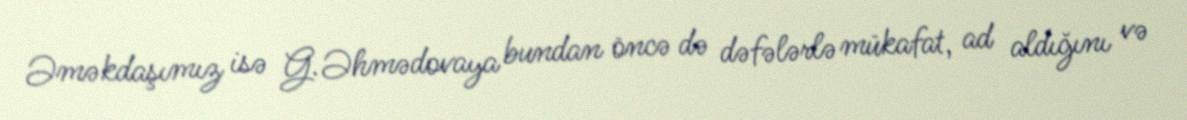
Əməkdaşımız isə G.Əhmədovaya bundan öncə də dəfələrlə mükafat, ad aldığını və